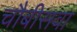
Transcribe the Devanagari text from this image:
चौबीसवा